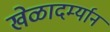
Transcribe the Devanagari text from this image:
खेळादर्म्यान